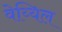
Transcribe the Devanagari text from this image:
वेय्यिल